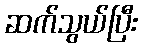
ဆက်သွယ်ပြီး